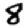
Digit: 8